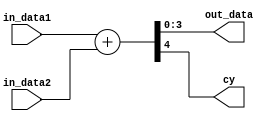
/*
 4 bit adder
 */

module adder4(in_data1,
              in_data2,
              out_data,
              cy);
    input [3:0] in_data1, in_data2;
    output [3:0] out_data;
    output cy; //1

    wire [4:0] rslt;
    assign rslt     = in_data1 + in_data2;
    assign cy       = rslt[4];
    assign out_data = rslt[3:0];
endmodule